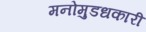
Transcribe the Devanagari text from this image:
मनोमुडधकारी